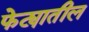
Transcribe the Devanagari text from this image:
फेट्यातील